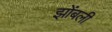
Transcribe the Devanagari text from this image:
झोंबली